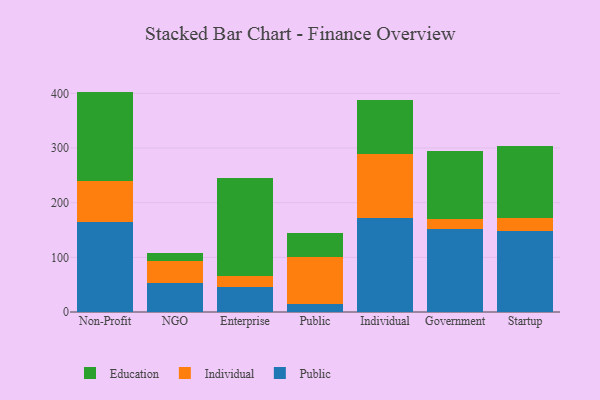
{"axis": {"x": "Segment", "y": "Website Visitors"}, "legend": ["Education", "Individual", "Public"], "data": [{"x": "Non-Profit", "y": 165.4, "type": "Public"}, {"x": "Non-Profit", "y": 74.7, "type": "Individual"}, {"x": "Non-Profit", "y": 163.1, "type": "Education"}, {"x": "NGO", "y": 52.6, "type": "Public"}, {"x": "NGO", "y": 40.1, "type": "Individual"}, {"x": "NGO", "y": 14.6, "type": "Education"}, {"x": "Enterprise", "y": 46.5, "type": "Public"}, {"x": "Enterprise", "y": 19.7, "type": "Individual"}, {"x": "Enterprise", "y": 178.7, "type": "Education"}, {"x": "Public", "y": 15.0, "type": "Public"}, {"x": "Public", "y": 85.4, "type": "Individual"}, {"x": "Public", "y": 43.6, "type": "Education"}, {"x": "Individual", "y": 171.4, "type": "Public"}, {"x": "Individual", "y": 118.3, "type": "Individual"}, {"x": "Individual", "y": 99.0, "type": "Education"}, {"x": "Government", "y": 151.0, "type": "Public"}, {"x": "Government", "y": 19.2, "type": "Individual"}, {"x": "Government", "y": 124.4, "type": "Education"}, {"x": "Startup", "y": 148.5, "type": "Public"}, {"x": "Startup", "y": 22.7, "type": "Individual"}, {"x": "Startup", "y": 132.8, "type": "Education"}]}